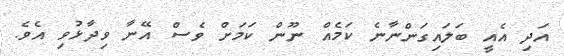
އަދި އެއީ ބަލައިގަންނާނެ ކަމެއް ނޫން ކަަމަށް ވެސް އޭނާ ވިދާޅުވި އެވެ.